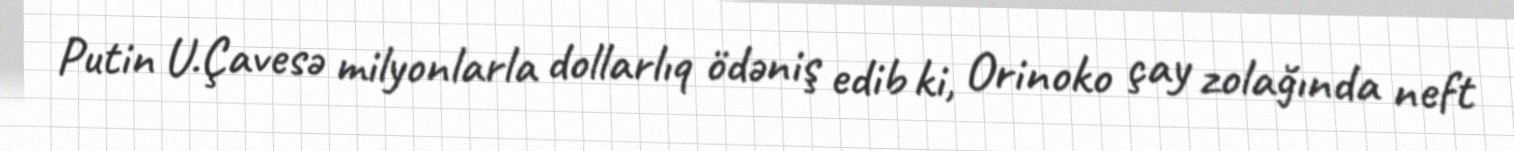
Putin U.Çavesə milyonlarla dollarlıq ödəniş edib ki, Orinoko çay zolağında neft